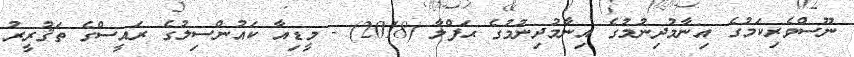
ނޫސްވެރިކަމުގެ އިނާމުދިނުމުގެ އިނާމުދިނުމުގެ ޙަފްލާ (2018) - މީޑިއާ ކައުންސިލުގެ ރައީސްގެ ތަޤުރީރު